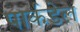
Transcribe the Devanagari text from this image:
पार्कडेल